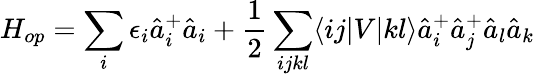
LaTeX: H_{op}=\sum_{i}\epsilon_{i}\hat{a}_{i}^{+}\hat{a}_{i}+\frac{1}{2}\sum_{ijkl}\langle ij|V|kl\rangle\hat{a}_{i}^{+}\hat{a}_{j}^{+}\hat{a}_{l}\hat{a}_{k}